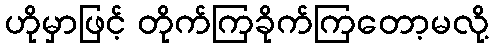
ဟိုမှာဖြင့် တိုက်ကြခိုက်ကြတော့မလို့